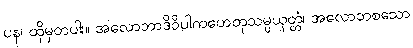
ပန၊ ထိုမှတပါး။ အလောဘာဒိဝိပါကဟေတုသမ္ပယုတ္တံ၊ အလောဘစသော